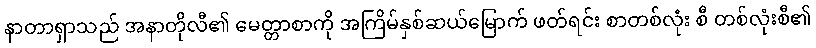
နာတာရှာသည် အနာတိုလီ၏ မေတ္တာစာကို အကြိမ်နှစ်ဆယ်မြောက် ဖတ်ရင်း စာတစ်လုံး စီ တစ်လုံးစီ၏